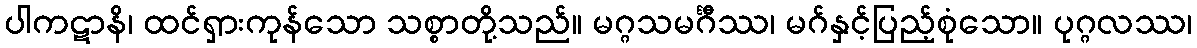
ပါကဋာနိ၊ ထင်ရှားကုန်သော သစ္စာတို့သည်။ မဂ္ဂသမင်္ဂီဿ၊ မဂ်နှင့်ပြည့်စုံသော။ ပုဂ္ဂလဿ၊